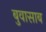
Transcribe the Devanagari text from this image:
बुवासाब